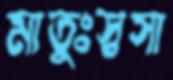
মাতুঃস্বসা